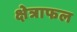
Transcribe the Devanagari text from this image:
क्षेत्राफल